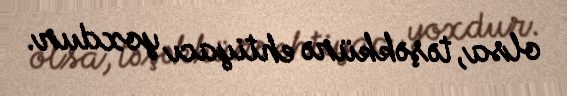
olsa, təşəkkürə ehtiyacı yoxdur.